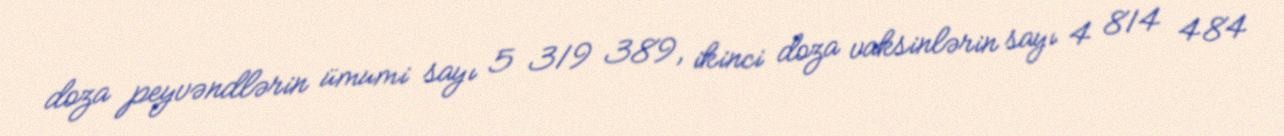
doza peyvəndlərin ümumi sayı 5 319 389, ikinci doza vaksinlərin sayı 4 814 484